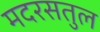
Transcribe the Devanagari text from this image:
मदरसतुल